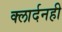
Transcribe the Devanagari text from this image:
क्लार्दनही